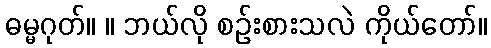
ဓမ္မဂုတ်။ ။ ဘယ်လို စဉ်းစားသလဲ ကိုယ်တော်။